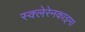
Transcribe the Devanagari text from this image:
स्क्लेरेनकाइमा